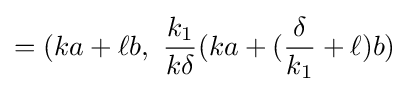
=(ka+\ell b,\ {\frac {k_{1}}{k\delta }}(ka+({\frac {\delta }{k_{1}}}+\ell )b)